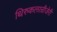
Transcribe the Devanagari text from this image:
थिरुकलान्रीजेरी